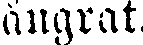
ångrat.